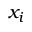
x _ { i }